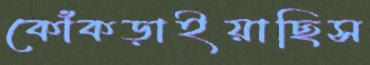
কোঁকড়াইয়াছিস